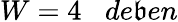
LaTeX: W=4\; \; \; de\mathfrak{b}en